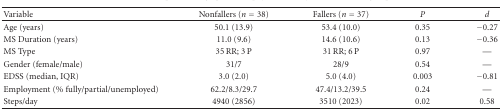
<table><thead><tr><td><b>Variable</b></td><td><b>Nonfallers (<i>n</i> = 38)</b></td><td><b>Fallers (<i>n</i> = 37)</b></td><td><b><i>P</i></b></td><td><b><i>d</i></b></td></tr></thead><tbody><tr><td>Age (years)</td><td>50.1 (13.9)</td><td>53.4 (10.0)</td><td>0.35</td><td>−0.27</td></tr><tr><td>MS Duration (years)</td><td>11.0 (9.6)</td><td>14.6 (10.6)</td><td>0.13</td><td>−0.36</td></tr><tr><td>MS Type</td><td>35 RR; 3 P</td><td>31 RR; 6 P</td><td>0.97</td><td>—</td></tr><tr><td>Gender (female/male)</td><td>31/7</td><td>28/9</td><td>0.54</td><td>—</td></tr><tr><td>EDSS (median, IQR)</td><td>3.0 (2.0)</td><td>5.0 (4.0)</td><td>0.003</td><td>−0.81</td></tr><tr><td> Employment (% fully/partial/unemployed)</td><td>62.2/8.3/29.7 </td><td>47.4/13.2/39.5</td><td>0.24</td><td>—</td></tr><tr><td>Steps/day</td><td>4940 (2856)</td><td>3510 (2023)</td><td>0.02</td><td>0.58</td></tr></tbody></table>